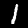
Digit: 1